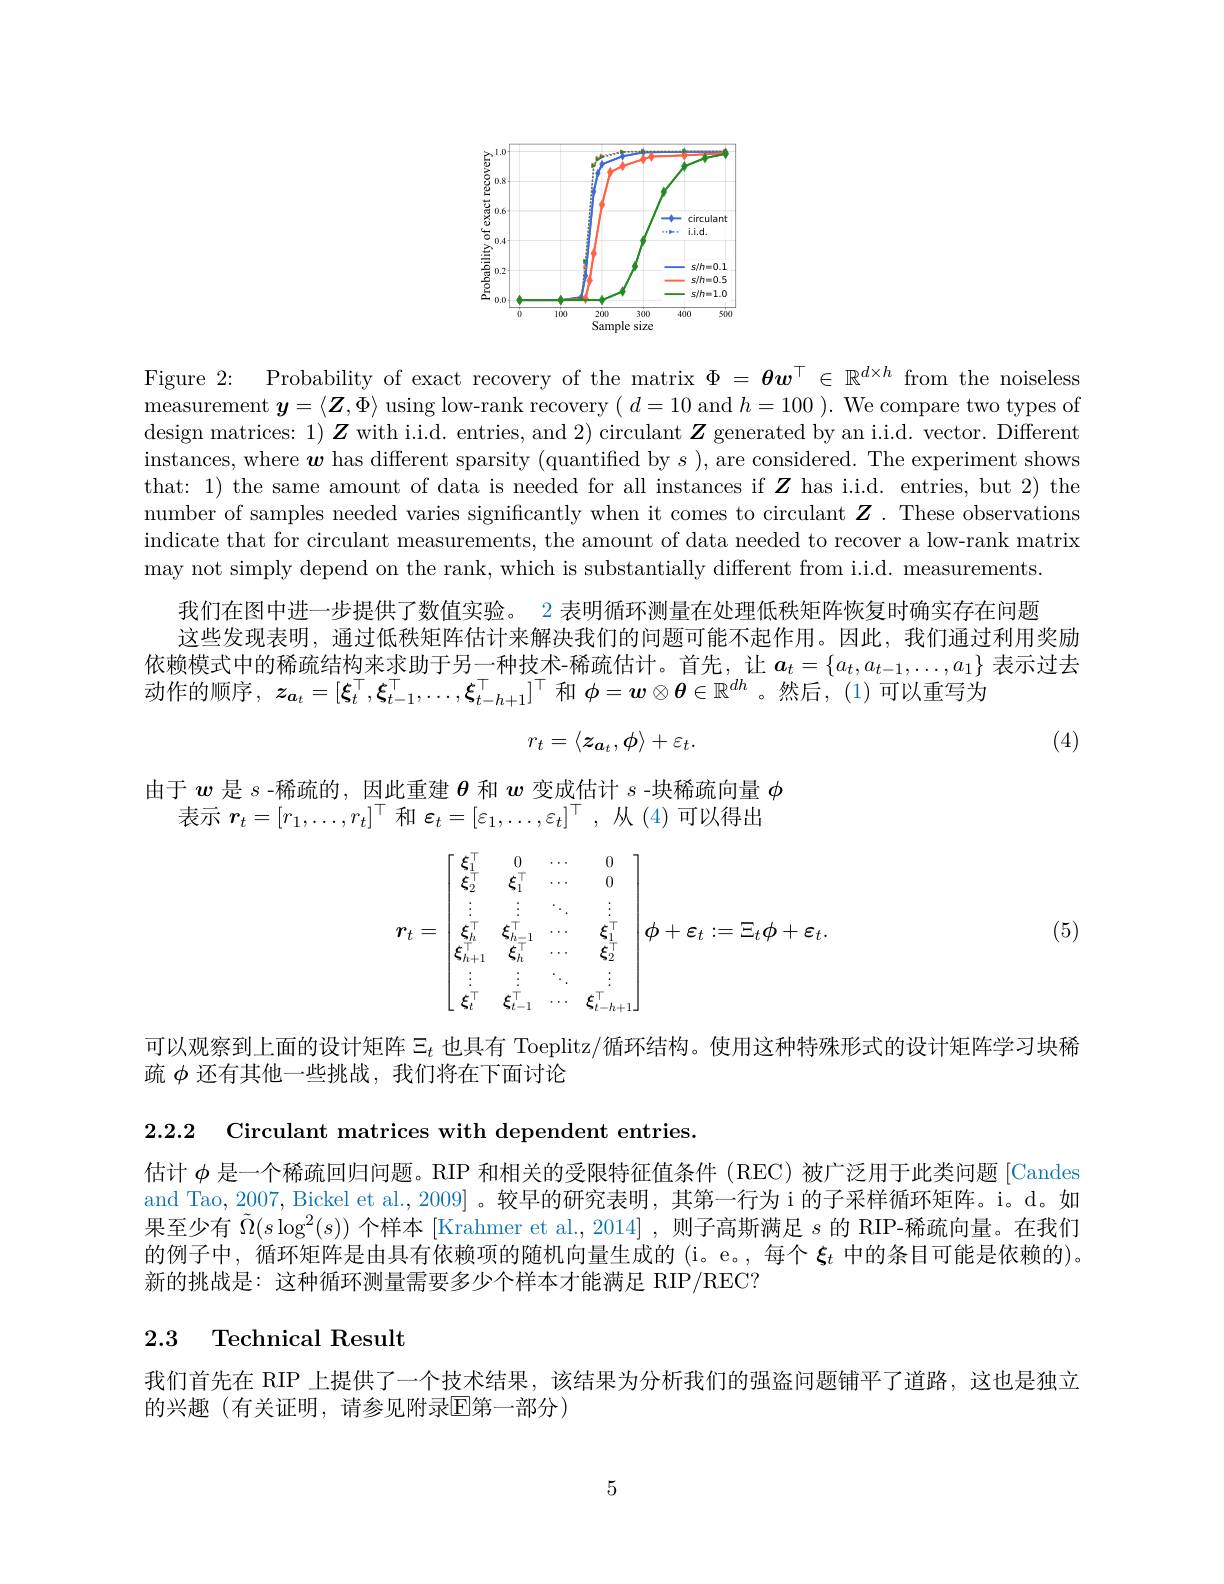
<FigureHere>

Figure 2: Probability of exact recovery of the matrix $\Phi=\boldsymbol{\theta}\boldsymbol{w}^\top\in\mathbb{R}^{d\times h}$ from the noiseless measurement $\boldsymbol{y}=\langle\boldsymbol{Z},\Phi\rangle$ using low-rank recovery $(d=10$ and $h=100).$ We compare two types of design matrices: $1)\boldsymbol{Z}$ with i.i.d. entries, and 2) circulant $\boldsymbol{Z}$ generated by an i.i.d. vector. Different instances, where $\boldsymbol{w}$ has different sparsity (quantified by $s)$,are considered. The experiment shows that: 1) the same amount of data is needed for all instances if $Z$ has i.i.d. entries, but 2) the number of samples needed varies significantly when it comes to circulant $\boldsymbol{Z}.$ These observations indicate that for circulant measurements, the amount of data needed to recover a low-rank matrix may not simply depend on the rank, which is substantially different from i.i.d. measurements.
我们在图中进一步提供了数值实验。2 表明循环测量在处理低秩矩阵恢复时确实存在问题
这些发现表明，通过低秩矩阵估计来解决我们的问题可能不起作用。因此，我们通过利用奖励依赖模式中的稀疏结构来求助于另一种技术-稀疏估计。首先，让$a_t=\{a_t,a_{t-1},\ldots,a_1\}$表示过去动作的顺序，$z_{\boldsymbol{a}_t}=[\boldsymbol{\xi}_t^\top,\boldsymbol{\xi}_{t-1}^\top,\ldots,\boldsymbol{\xi}_{t-h+1}^\top]^\top$和$\phi=\boldsymbol{w}\otimes\boldsymbol{\theta}\in\mathbb{R}^dh$ 。然后，(1)可以重写为
$$r_t=\langle z_{\boldsymbol{a}_t},\phi\rangle+\varepsilon_t.$$
(4)

由于$w$是$s$ -稀疏的，因此重建$\theta$和$w$变成估计$s$ -块稀疏向量$\phi$
表示$r_t=[r_1,\ldots,r_t]^{\top}$和$\varepsilon_t=[\varepsilon_1,\ldots,\varepsilon_t]^{\top}$,从(4)可以得出
$$r_t=\begin{bmatrix}\xi_1^\top&0&\cdots&0\\\xi_2^\top&\xi_1^\top&\cdots&0\\\vdots&\vdots&\ddots&\vdots\\\xi_h^\top&\xi_{h-1}^\top&\cdots&\xi_1^\top\\\xi_{h+1}^\top&\xi_h^\top&\cdots&\xi_2^\top\\\vdots&\vdots&\ddots&\vdots\\\xi_t^\top&\xi_{t-1}^\top&\cdots&\xi_{t-h+1}^\top\end{bmatrix}\phi+\varepsilon_t:=\Xi_t\phi+\varepsilon_t.$$
(5)

可以观察到上面的设计矩阵$\Xi_t$也具有 Toeplitz/循环结构。使用这种特殊形式的设计矩阵学习块稀
疏$\phi$还有其他一些挑战，我们将在下面讨论

2.2.2 Circulant matrices with dependent entries.

估计$\phi$是一个稀疏回归问题。RIP 和相关的受限特征值条件(REC)被广泛用于此类问题[Candes and Tao, 2007, Bickel et al., 2009] 。较早的研究表明，其第一行为 i 的子采样循环矩阵。i。d。如果至少有$\tilde{\Omega}(s\log^2(s))$个样本 [Krahmer et al., 2014] , 则子高斯满足$s$的 RIP-稀疏向量。在我们的例子中，循环矩阵是由具有依赖项的随机向量生成的 (i。e。, 每个$\xi_t$中的条目可能是依赖的)。新的挑战是：这种循环测量需要多少个样本才能满足 RIP/REC?

# 2.3 Technical Result

我们首先在 RIP 上提供了一个技术结果，该结果为分析我们的强盗问题铺平了道路，这也是独立
的兴趣 (有关证明，请参见附录$\mathbb{E}$第一部分)

5